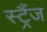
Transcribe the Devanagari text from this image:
स्ट्रैंज